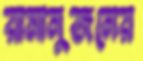
রামানুজনের